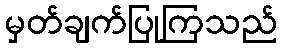
မှတ်ချက်ပြုကြသည်